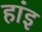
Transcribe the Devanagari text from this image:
हांइ